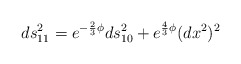
\begin{align*}ds_{11}^2 = e^{-\frac{2}{3} \phi} ds_{10}^2 + e^{\frac{4}{3}\phi} (dx^2)^2\end{align*}